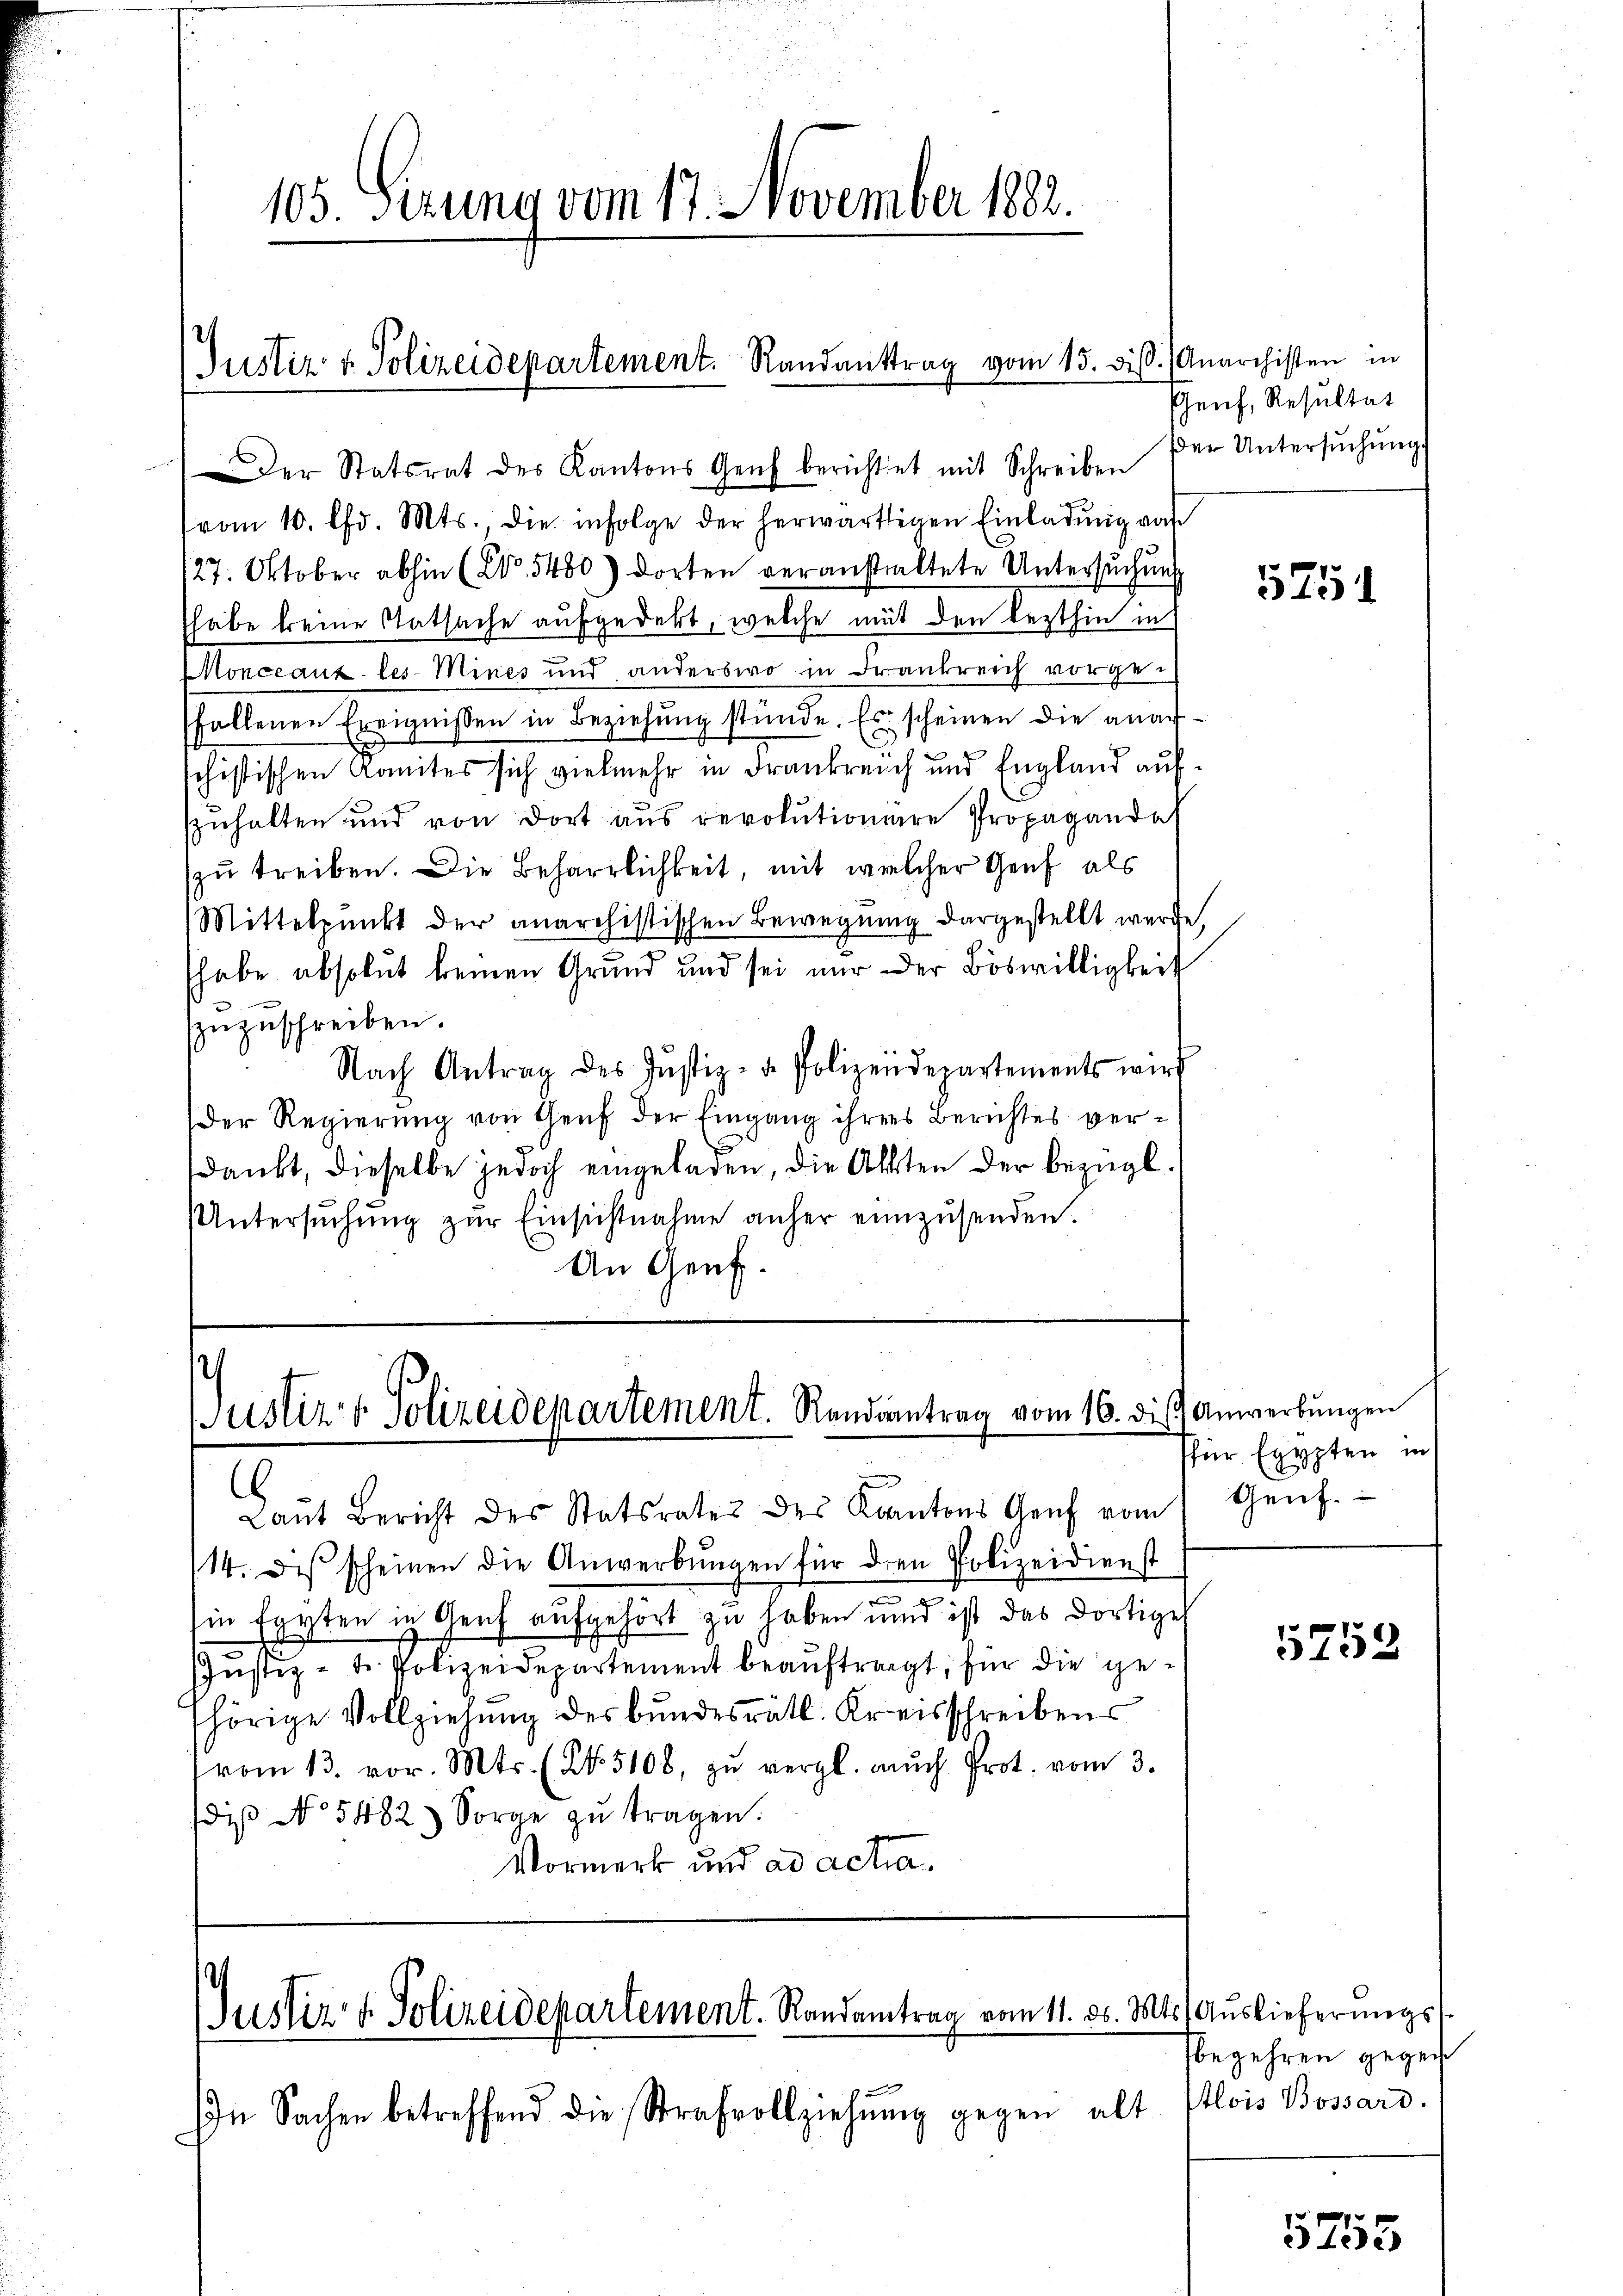
105. Sezung vom 17. November 1882.

Justiz & Polizeidepartement. Randanttrag vom 15. ds. (Anarchisten in

der Statsrat des Kantons Genf berichtet mit Schreiben
vom 10. Chr. Mts., die infolge der herwärtigen Einladung von
/27. Oktober abhin (No. 5480) dorten veranstaltete Untersuchung
habe keine Ratsache aufgedekt, welche mit den lezthin in
Monceauz les Mines und anderswo in Frankreich vorgefallenen Ereignissen in Beziehŭng stünde. Es scheinen die anar-
schistischen Komites sich vielmehr in Frankreich und England aufszuhalten und von dort aus revolutionaere Propaganda
zu treiben. Die Beharrlichkeit, mit welcher Genf als
Mittelpunkt der anarchistischen Bewegung dargestellt werde,
habe absolut keinen Grund und sei nur der Böswilligkeit
zuzuschreiben.
Nach Antrag des Jŭstiz- u. Polizeidepartements wird
Der Regierŭng von Genf der Eingang ihres Berichtes verdankt, dieselbe jedoch eingeladen, die Akten der bezügl.
Untersŭchŭng zŭr Einsichtnahme anher einzŭsenden.
An Genf.

.
Justiz & Polizeidepartement. Randsantrag vom 16. die Anwerbŭngen

Laŭt Bericht des Statsrates des Kantons Genf vom 1. Genf.
/14. des scheinen die Anwerbŭngen für den Polizeidienst
s
hin seyten in Genf aufgehört zu haben und ist das dortige
Justiz- u. Polizeidepartement beauftragt, für die gehörige Vollziehung des bundesrätl. Kreisschreibens
vom 13. vor. Mts. (N. 5108, zu vergl. auch Prot. vom 3.
dis No. 5482. Sorge zŭ tragen.
Vormerk und ad acta.

Justiz & Polizeidepartement. Randantrag vom 11. ds. Mts. Auslieferungs

In Sachen betreffend die Strafvollziehŭng gegen alt

Genf, Resultat
er Untersuchung.

5751

für Egypten in

5752

sbegehren gegen
Alois Bossard.

5753